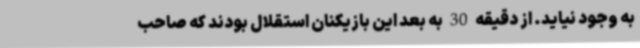
به وجود نیاید. از دقیقه 30 به بعد این بازیکنان استقلال بودند که صاحب